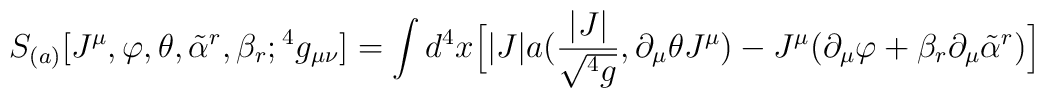
S_{(a)}[J^{\mu},\varphi ,\theta ,{\tilde\alpha}^r,\beta_r;{}^4g_{\mu\nu}]=\int d^4x \Big[ |J|a({{|J|}\over {\sqrt{{}^4g}}},\partial_{\mu}\theta J^{\mu}) -J^{\mu}(\partial_{\mu}\varphi +\beta_r\partial_{\mu}{\tilde \alpha}^r )\Big]